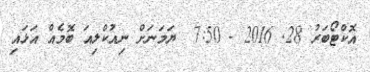
އޮކްޓޯބަރު 28